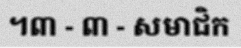
។៣ - ៣ - សមាជិក